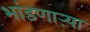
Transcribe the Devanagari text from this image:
भांडणाऱ्या